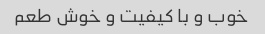
خوب و با کیفیت و خوش طعم